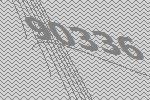
90336